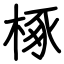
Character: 椓